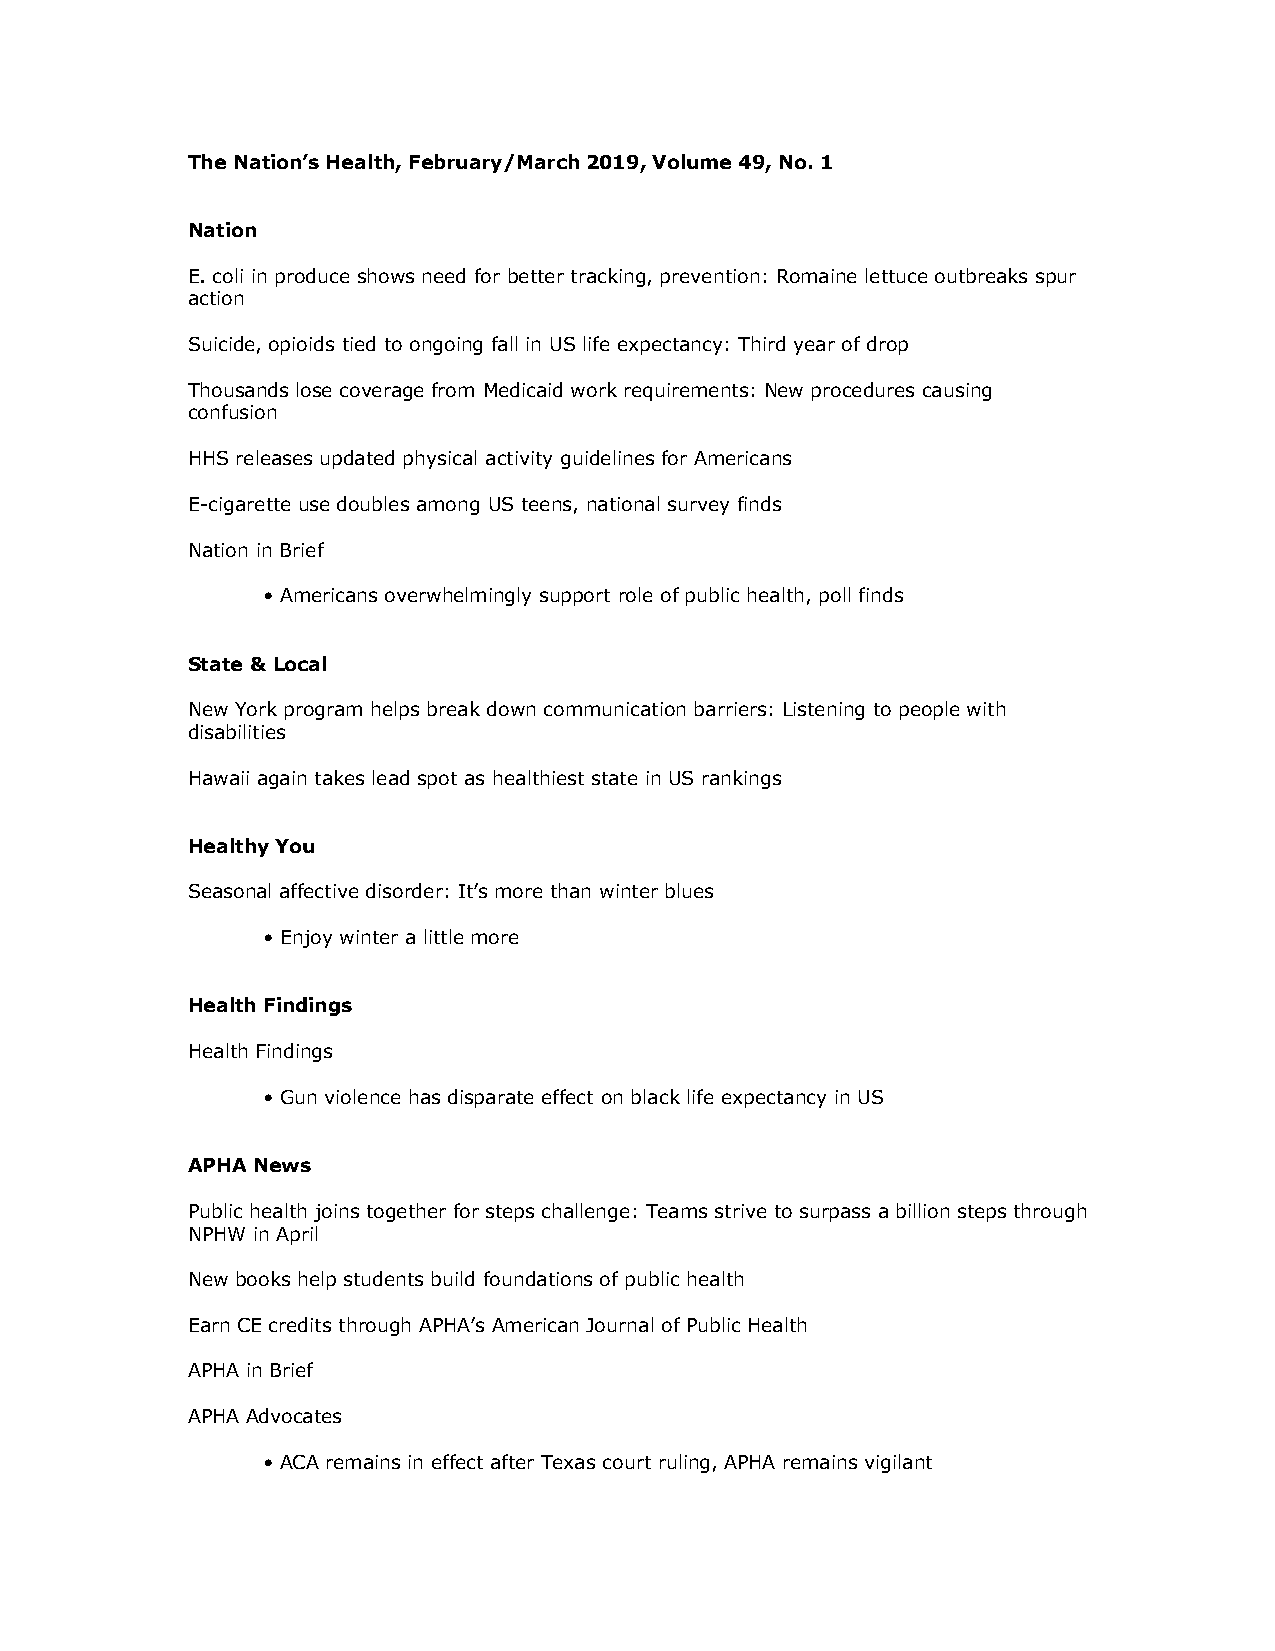
The Nation’s Health, February/March 2019, Volume 49, No. 1
 Nation
 E. coli in produce shows need for better tracking, prevention: Romaine lettuce outbreaks spur
 action
 Suicide, opioids tied to ongoing fall in US life expectancy: Third year of drop
 Thousands lose coverage from Medicaid work requirements: New procedures causing
 confusion
 HHS releases updated physical activity guidelines for Americans
 E-cigarette use doubles among US teens, national survey finds
 Nation in Brief
 • Americans overwhelmingly support role of public health, poll finds
 State & Local
 New York program helps break down communication barriers: Listening to people with
 disabilities
 Hawaii again takes lead spot as healthiest state in US rankings
 Healthy You
 Seasonal affective disorder: It’s more than winter blues
 • Enjoy winter a little more
 Health Findings
 Health Findings
 • Gun violence has disparate effect on black life expectancy in US
 APHA News
 Public health joins together for steps challenge: Teams strive to surpass a billion steps through
 NPHW in April
 New books help students build foundations of public health
 Earn CE credits through APHA’s American Journal of Public Health
 APHA in Brief
 APHA Advocates
 • ACA remains in effect after Texas court ruling, APHA remains vigilant